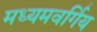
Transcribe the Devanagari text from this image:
मध्यमवर्गिय